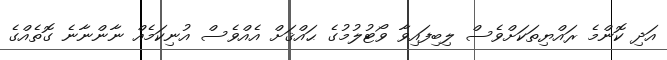
އަދި ކޮންމެ ރައްޔިތަކަށްވެސް ލިބިފައިވާ ވޯޓުލުމުގެ ޙައްޤަށް އެއްވެސް އުނިކަމެއް ނާންނާނެ ގޮތެއްގެ